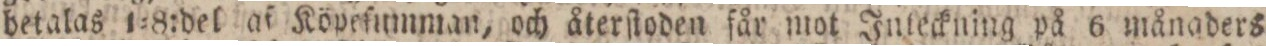
betalas 1=8:del af Köpeſumman, och återſtoden får mot Inteckning på 6 månaders